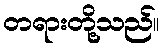
တရားတို့သည်။